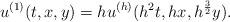
LaTeX: \begin{align*}u^{(1)}(t,x,y) = hu^{(h)}(h^2t,hx,h^{\frac32}y).\end{align*}